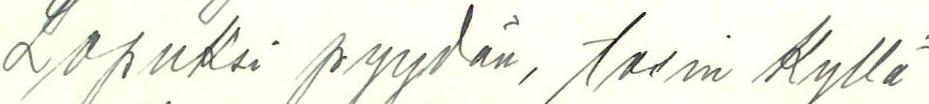
Lopuksi pyydän, tosin Kyllä